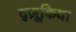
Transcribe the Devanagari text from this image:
द्ज़ूकिया